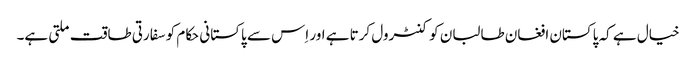
خیال ہے کہ پاکستان افغان طالبان کو کنٹرول کرتا ہے اور اِس سے پاکستانی حکام کو سفارتی طاقت ملتی ہے۔